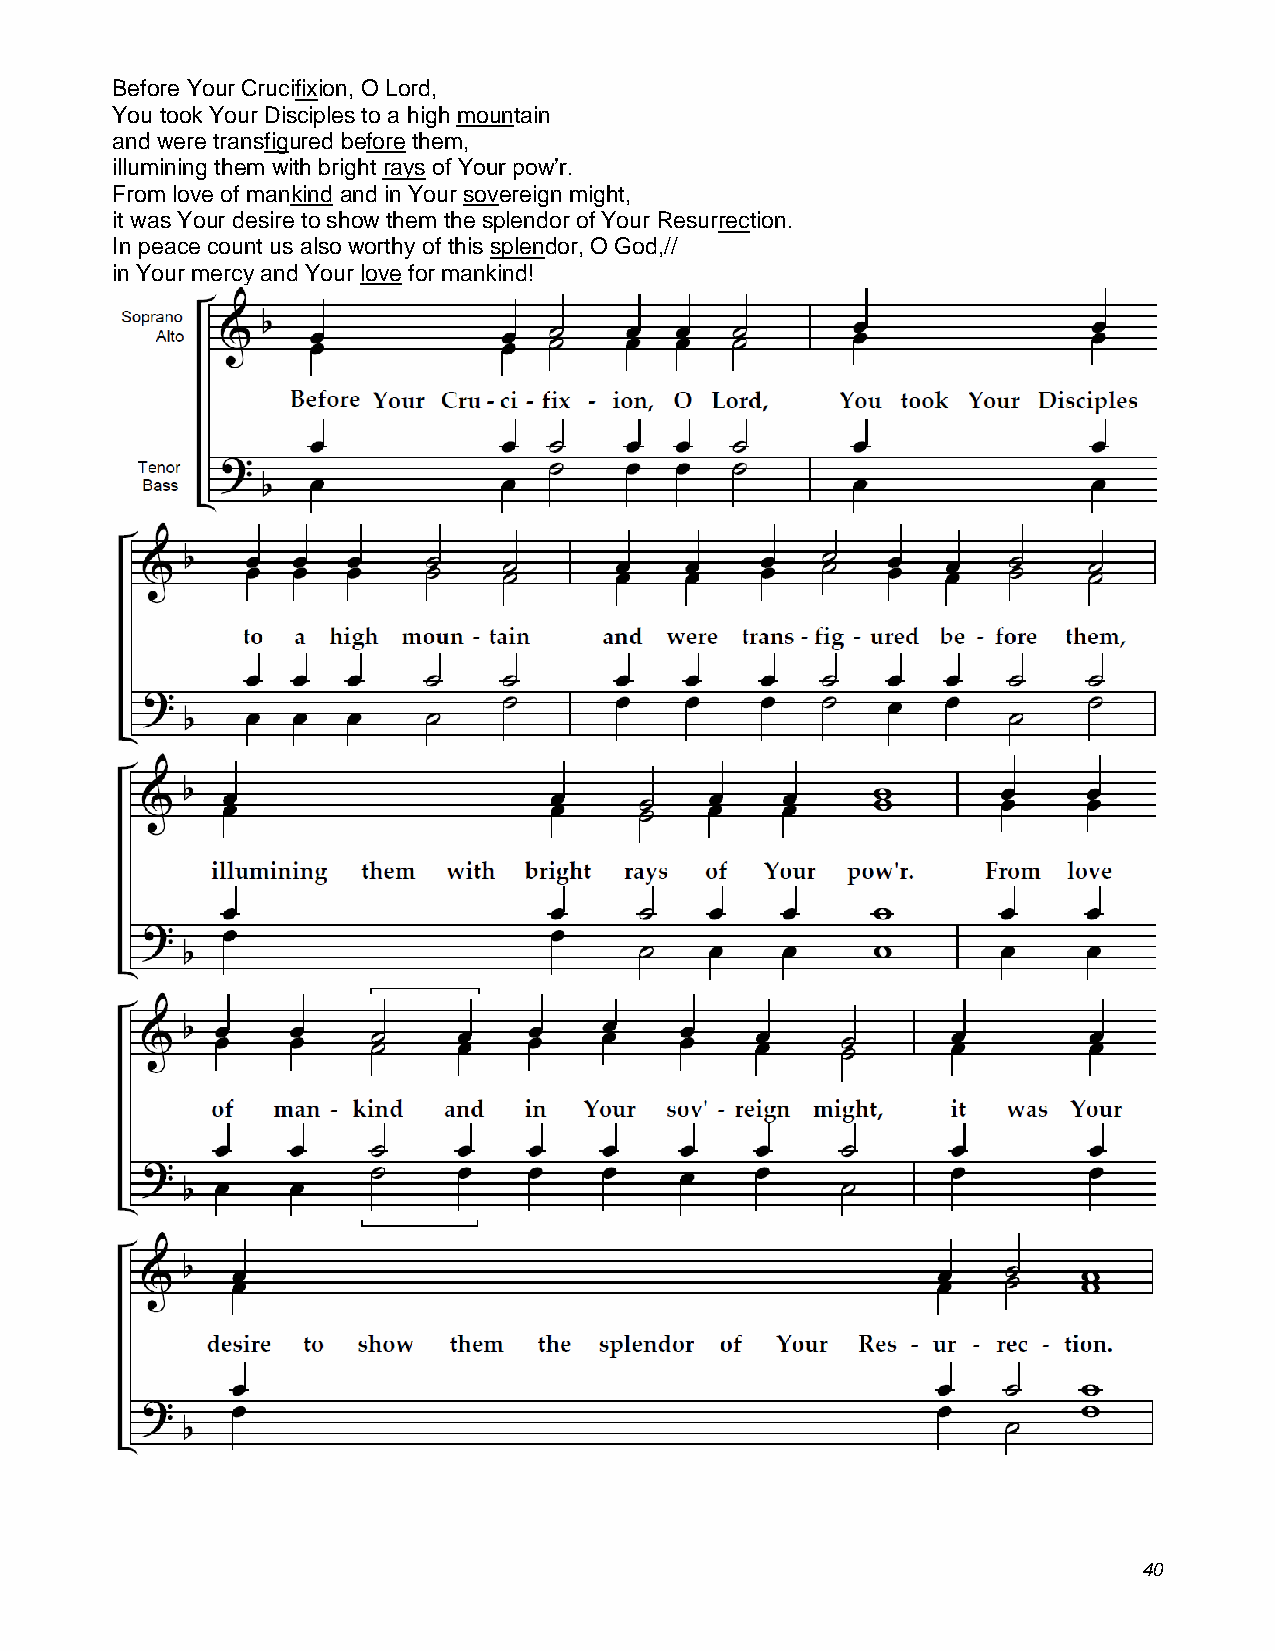
Before Your Crucifixion, O Lord,
 You took Your Disciples to a high mountain
 and were transfigured before them,
 illumining them with bright rays of Your pow’r.
 From love of mankind and in Your sovereign might,
 it was Your desire to show them the splendor of Your Resurrection.
 In peace count us also worthy of this splendor, O God,//
 in Your mercy and Your love for mankind!
 40